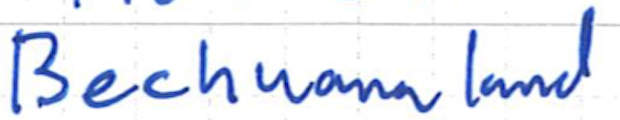
Text: Bechuanaland
Cross-out: clean
Writing tool: ballpoint